Scientific memoirs by medical officers of the Army of India - Part IV,
Year: 1889
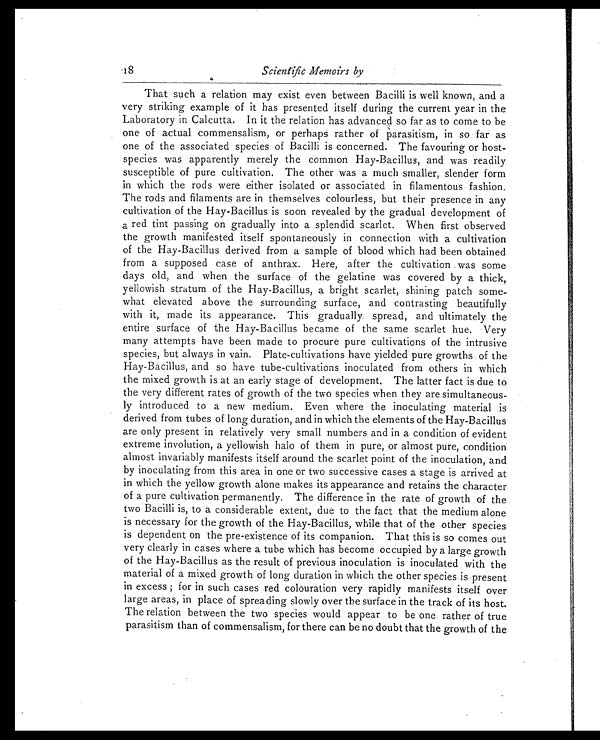
18
Scientific Memoirs by
That such a relation may exist even between Bacilli is well known, and a
very striking example of it has presented itself during the current year in the
Laboratory in Calcutta. In it the relation has advanced so far as to come to be
one of actual commensalism, or perhaps rather of parasitism, in so far as
one of the associated species of Bacilli is concerned. The favouring or host-
species was apparently merely the common Hay-Bacillus, and was readily
susceptible of pure cultivation. The other was a much smaller, slender form
in which the rods were either isolated or associated in filamentous fashion.
The rods and filaments are in themselves colourless, but their presence in any
cultivation of the Hay-Bacillus is soon revealed by the gradual development of
a red tint passing on gradually into a splendid scarlet. When first observed
the growth manifested itself spontaneously in connection with a cultivation
of the Hay-Bacillus derived from a sample of blood which had been obtained
from a supposed case of anthrax. Here, after the cultivation was some
days old, and when the surface of the gelatine was covered by a thick,
yellowish stratum of the Hay-Bacillus, a bright scarlet, shining patch some
-what elevated above the surrounding surface, and contrasting beautifully
with it, made its appearance. This gradually spread, and ultimately the
entire surface of the Hay-Bacillus became of the same scarlet hue. Very
many attempts have been made to procure pure cultivations of the intrusive
species, but always in vain. Plate-cultivations have yielded pure growths of the
Hay-Bacillus, and so have tube-cultivations inoculated from others in which
the mixed growth is at an early stage of development. The latter fact is due to
the very different rates of growth of the two species when they are simultaneous
-ly introduced to a new medium. Even where the inoculating material is
derived from tubes of long duration, and in which the elements of the Hay-Bacillus
are only present in relatively very small numbers and in a condition of evident
extreme involution, a yellowish halo of them in pure, or almost pure, condition
almost invariably manifests itself around the scarlet point of the inoculation, and
by inoculating from this area in one or two successive cases a stage is arrived at
in which the yellow growth alone makes its appearance and retains the character
of a pure cultivation permanently. The difference in the rate of growth of the
two Bacilli is, to a considerable extent, due to the fact that the medium alone
is necessary for the growth of the Hay-Bacillus, while that of the other species
is dependent on the pre-existence of its companion. That this is so comes out
very clearly in cases where a tube which has become occupied by a large growth
of the Hay-Bacillus as the result of previous inoculation is inoculated with the
material of a mixed growth of long duration in which the other species is present
in excess; for in such cases red colouration very rapidly manifests itself over
large areas, in place of spreading slowly over the surface in the track of its host.
The relation between the two species would appear to be one rather of true
parasitism than of commensalism, for there can be no doubt that the growth of the